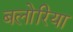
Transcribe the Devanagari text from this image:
बलोरिया